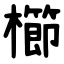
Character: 櫛